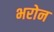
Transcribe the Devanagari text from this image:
भरोन